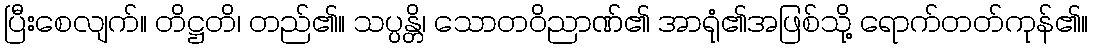
ပြီးစေလျက်။ တိဋ္ဌတိ၊ တည်၏။ သပ္ပန္တိ၊ သောတဝိညာဏ်၏ အာရုံ၏အဖြစ်သို့ ရောက်တတ်ကုန်၏။